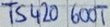
Text: TS420600T